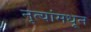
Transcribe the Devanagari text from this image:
नृत्यांमधून